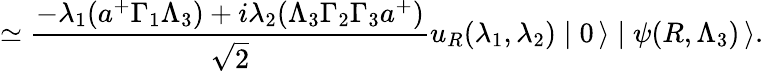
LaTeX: \simeq\frac{-\lambda_{1}(a^{+}\Gamma_{1}\Lambda_{3})+i\lambda_{2}(\Lambda_{3}\Gamma_{2}\Gamma_{3}a^{+})}{\sqrt{2}}u_{R}(\lambda_{1},\lambda_{2})\mid 0\, \rangle\mid\psi(R,\Lambda_{3})\, \rangle.